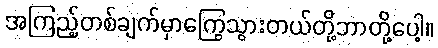
အကြည့်တစ်ချက်မှာကြွေသွားတယ်တို့ဘာတို့ပေါ့။